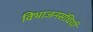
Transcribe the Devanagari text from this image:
विभाजनसंधियाँ